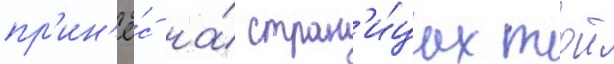
пр'ин'ё́с на́ стран'и́цах тои